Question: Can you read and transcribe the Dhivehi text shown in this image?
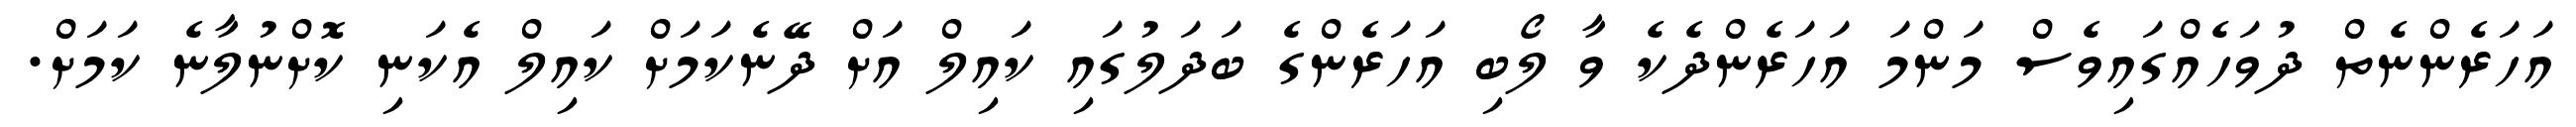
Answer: އަހަރެންނެތް ދުވަހެއްގައިވެސް މަންމަ އަހަރެންދެކެ ވާ ލޯބި އަހަރެންގެ ބަދަލުގައި ކައިލް އަށް ދޭނެކަމަށް ކައިލް އެކަނި ކޮށްނުލާނެ ކަމަށް.